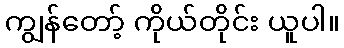
ကျွန်တော့် ကိုယ်တိုင်း ယူပါ။